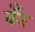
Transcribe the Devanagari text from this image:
वँन